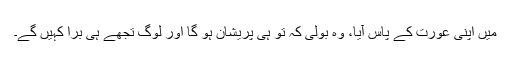
میں اپنی عورت کے پاس آیا، وہ بولی کہ تو ہی پریشان ہو گا اور لوگ تجھے ہی بُرا کہیں گے۔